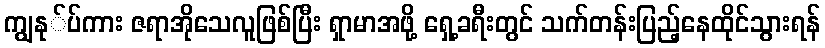
ကျွနု်ပ်ကား ဇရာအိုသေလူဖြစ်ပြီး ရှာမာအဖို့ ရှေ့ခရီးတွင် သက်တန်းပြည့်နေထိုင်သွားရန်